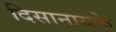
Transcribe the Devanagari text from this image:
दिसानायके